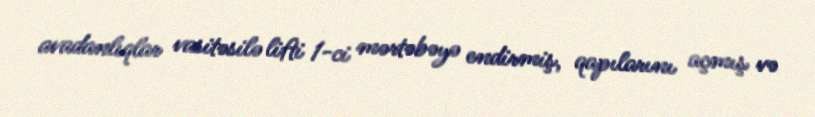
avadanlıqlar vasitəsilə lifti 1-ci mərtəbəyə endirmiş, qapılarını açmış və